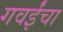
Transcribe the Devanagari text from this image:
गवईंचा